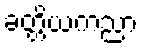
ခတ္တိယကညာ